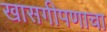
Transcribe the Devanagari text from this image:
खासगीपणाचा